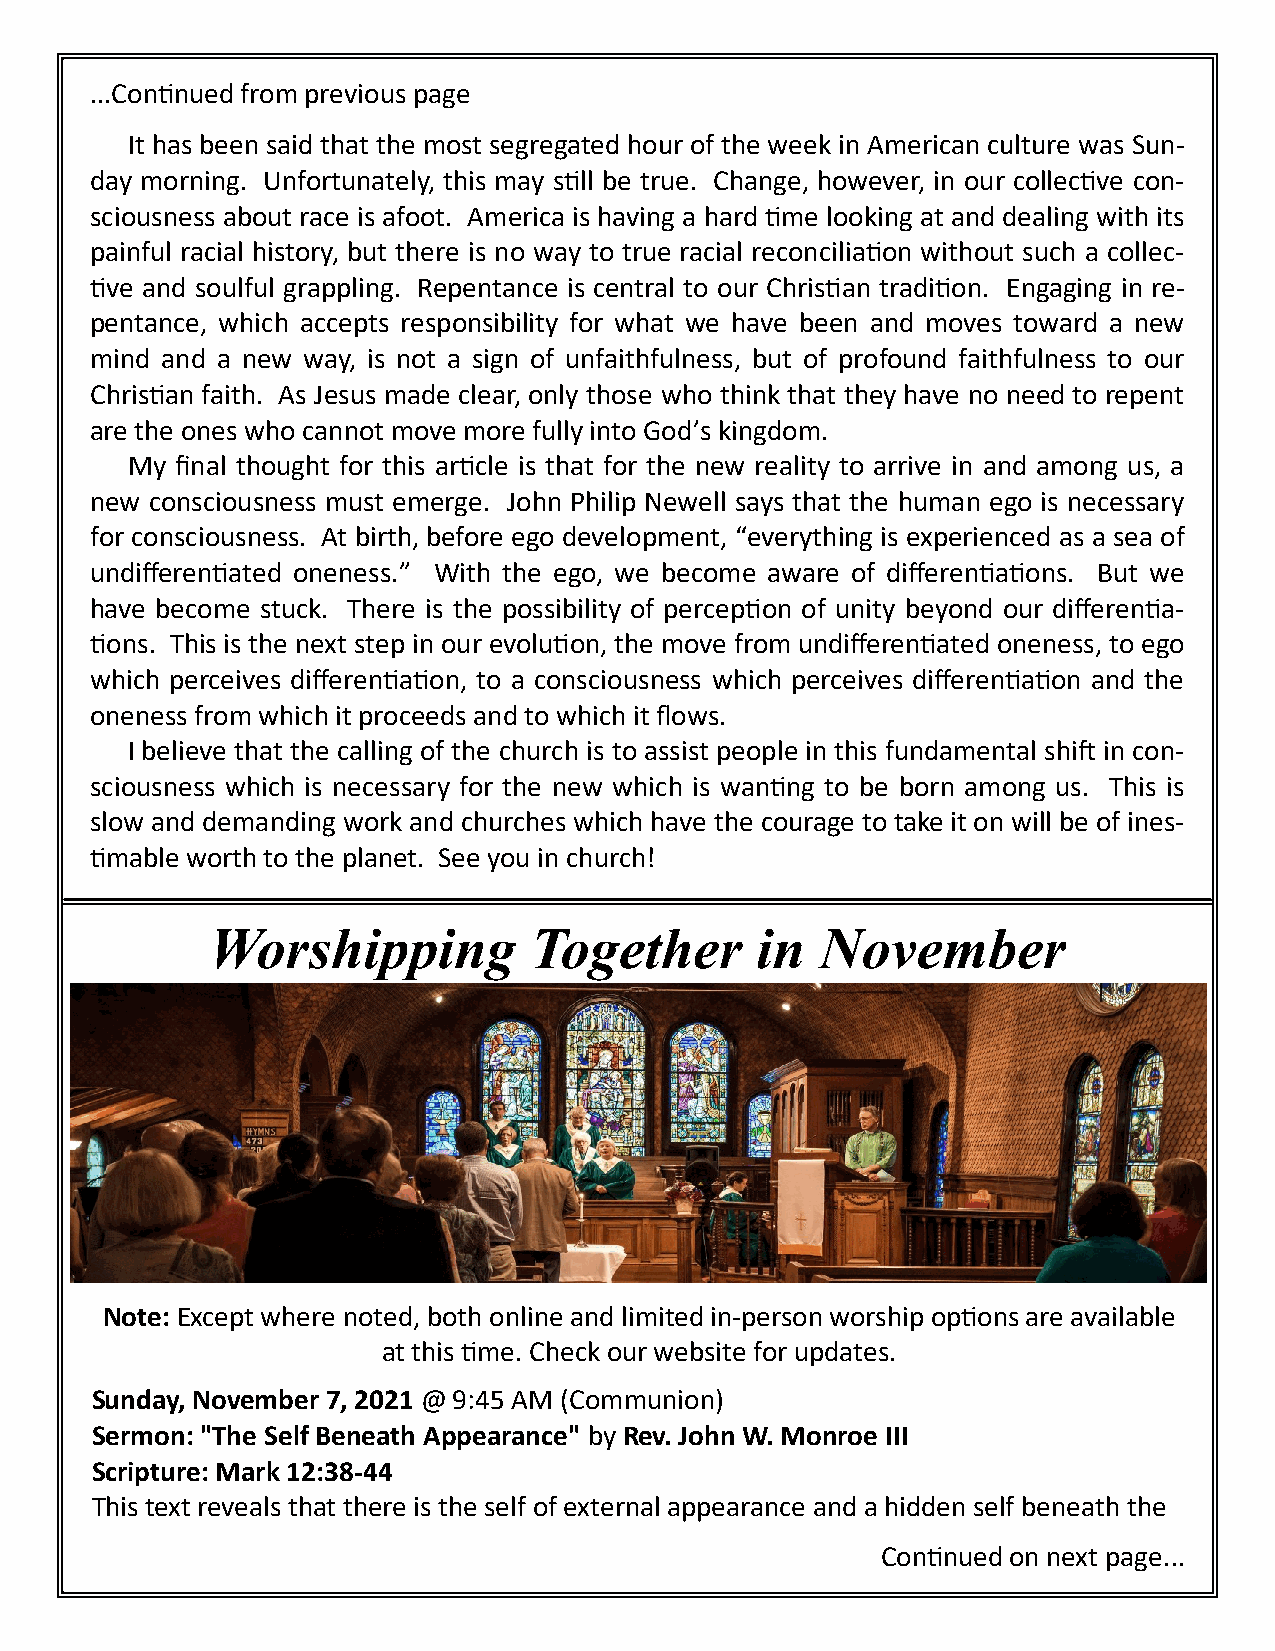
...Continued from previous page
 It has been said that the most segregated hour of the week in American culture was Sun-
 day morning. Unfortunately, this may still be true. Change, however, in our collective con-
 sciousness about race is afoot. America is having a hard time looking at and dealing with its
 painful racial history, but there is no way to true racial reconciliation without such a collec-
 tive and soulful grappling. Repentance is central to our Christian tradition. Engaging in re-
 pentance, which accepts responsibility for what we have been and moves toward a new
 mind and a new way, is not a sign of unfaithfulness, but of profound faithfulness to our
 Christian faith. As Jesus made clear, only those who think that they have no need to repent
 are the ones who cannot move more fully into God’s kingdom.
 My  final thought for this article is that for the new reality to arrive in and among us, a
 new consciousness must emerge. John Philip Newell says that the human ego is necessary
 for consciousness. At birth, before ego development, “everything is experienced as a sea of
 undifferentiated oneness.” With the ego, we become aware of differentiations. But we
 have become stuck. There is the possibility of perception of unity beyond our differentia-
 tions. This is the next step in our evolution, the move from undifferentiated oneness, to ego
 which perceives differentiation, to a consciousness which perceives differentiation and the
 oneness from which it proceeds and to which it flows.
 I believe that the calling of the church is to assist people in this fundamental shift in con-
 sciousness which is necessary for the new which is wanting to be born among us. This is
 slow and demanding work and churches which have the courage to take it on will be of ines-
 timable worth to the planet. See you in church!
 Worshipping          Together       in  November
 Note: Except where noted, both online and limited in-person worship options are available
 at this time. Check our website for updates.
 Sunday, November 7, 2021 @ 9:45 AM (Communion)
 Sermon: "The Self Beneath Appearance" by Rev. John W. Monroe III
 Scripture: Mark 12:38-44
 This text reveals that there is the self of external appearance and a hidden self beneath the
 Continued on next page...